Source: Handwritten
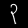
Digit: ၃ (3)